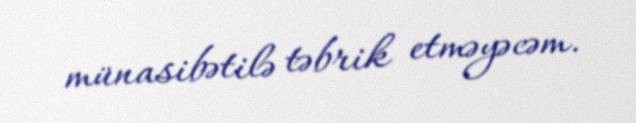
münasibətilə təbrik etməyəcəm.